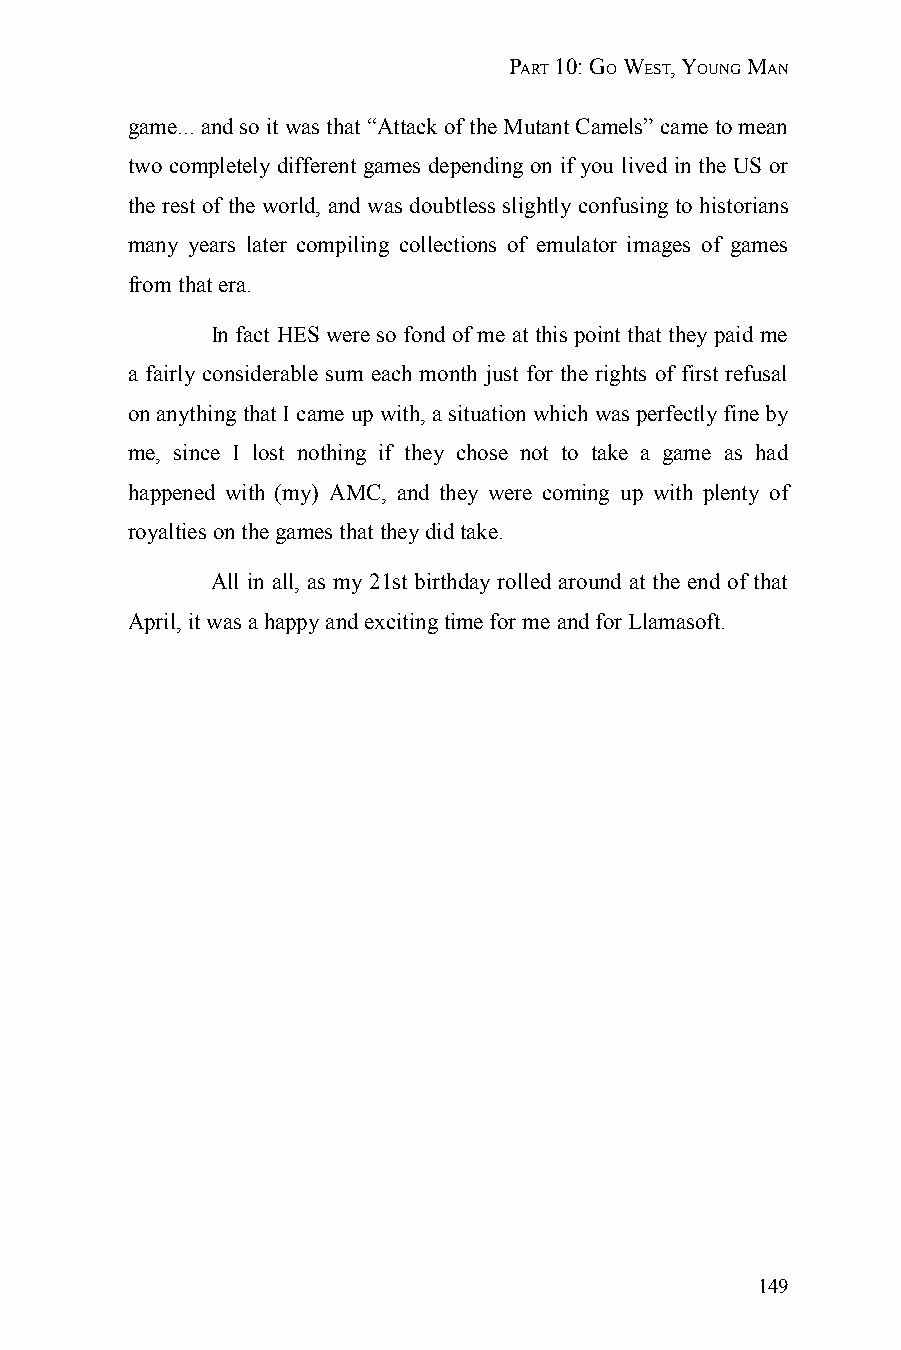
PART 10: GO WEST, YOUNG MAN
 game... and so it was that “Attack of the Mutant Camels” came to mean
 two completely different games depending on if you lived in the US or
 the rest of the world, and was doubtless slightly confusing to historians
 many years later compiling collections of emulator images of games
 from that era.
 In fact HES were so fond of me at this point that they paid me
 a fairly considerable sum each month just for the rights of first refusal
 on anything that I came up with, a situation which was perfectly fine by
 me, since I lost nothing if they chose not to take a game as had
 happened with (my) AMC, and they were coming up with plenty of
 royalties on the games that they did take.
 All in all, as my 21st birthday rolled around at the end of that
 April, it was a happy and exciting time for me and for Llamasoft.
 149